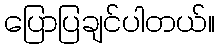
ပြောပြချင်ပါတယ်။